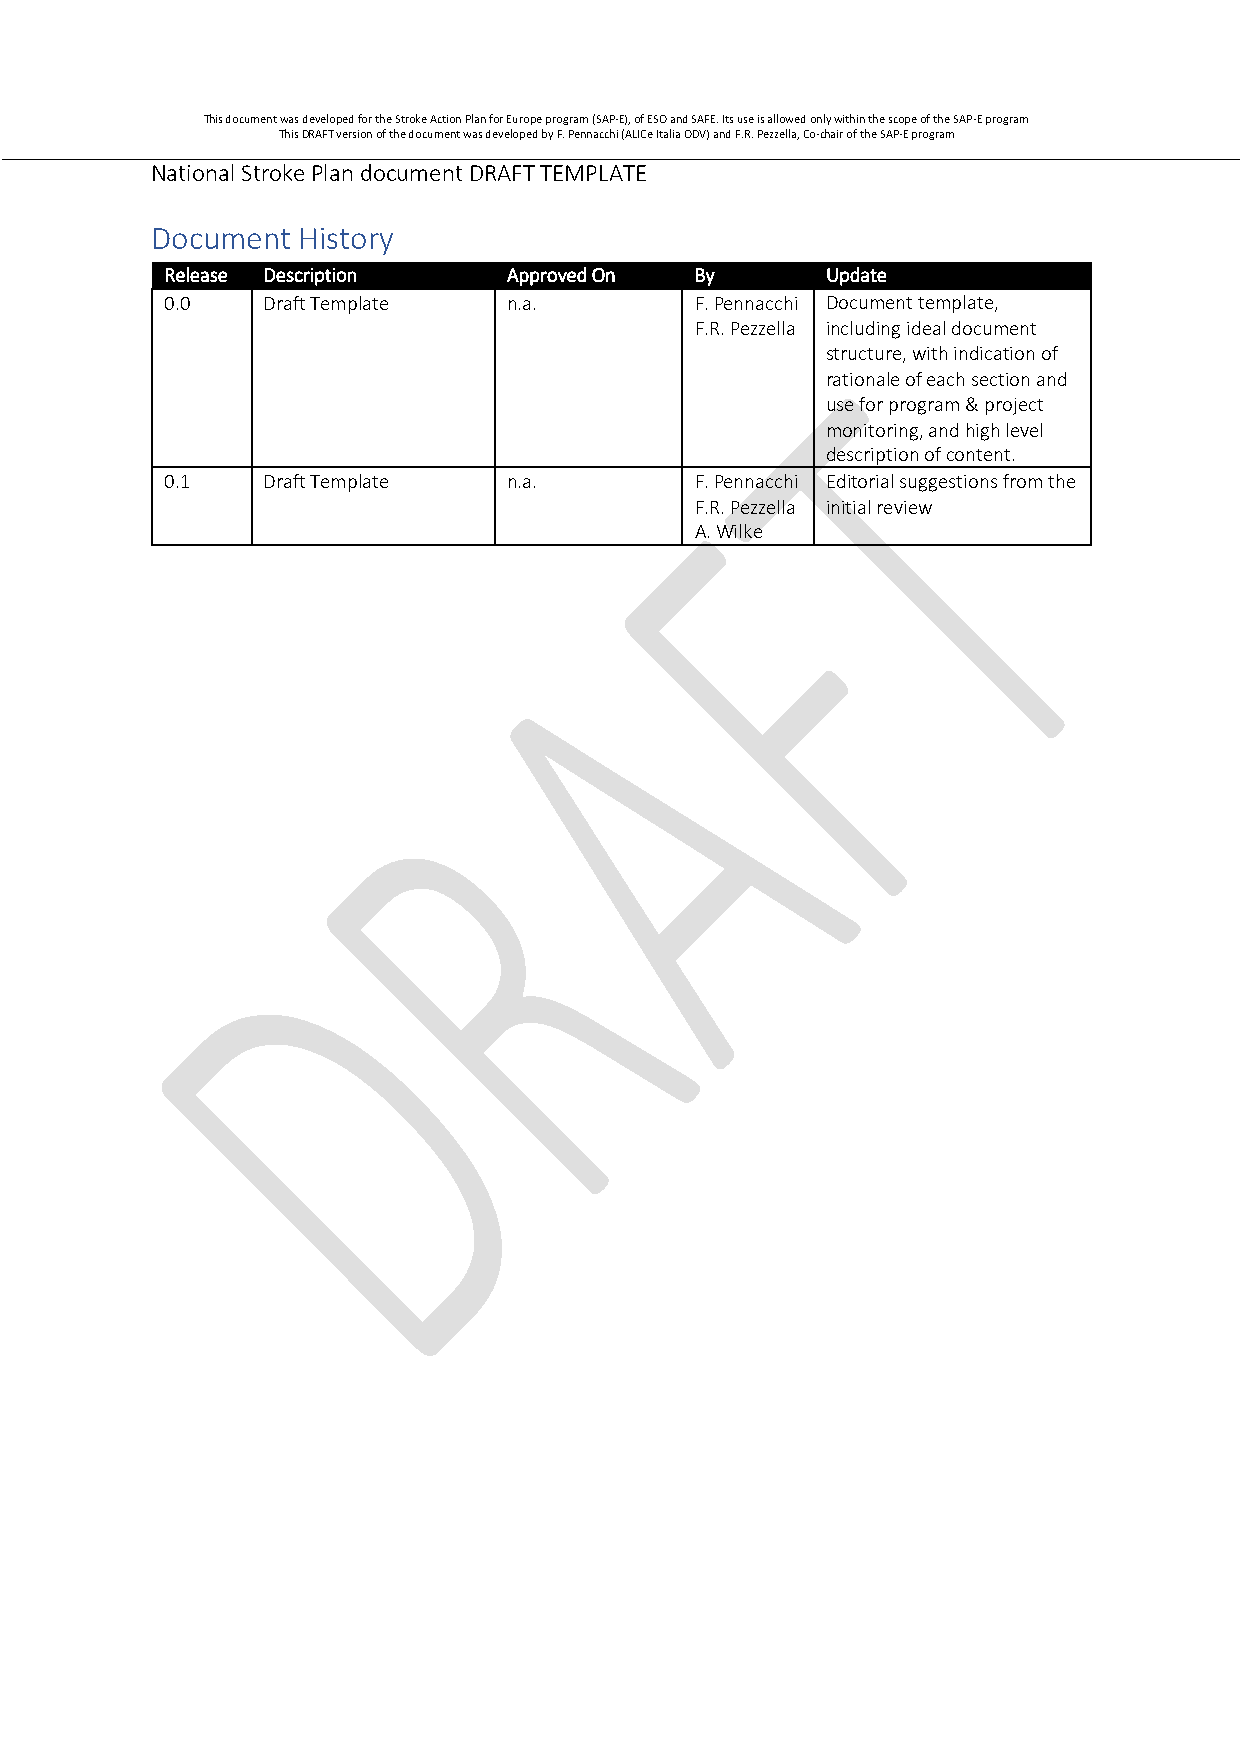
This document was developed for the Stroke Action Plan for Europe program (SAP-E), of ESO and SAFE. Its use is allowed only within the scope of the SAP-E program
 This DRAFT version of the document was developed by F. Pennacchi (ALICe Italia ODV) and F.R. Pezzella, Co-chair of the SAP-E program
 National Stroke Plan document DRAFT TEMPLATE
 Document  History
 Release Description    Approved On By       Update
 0.0   Draft Template   n.a.        F. Pennacchi Document template,
 F.R. Pezzella including ideal document
 structure, with indication of
 rationale of each section and
 use for program & project
 monitoring, and high level
 description of content.
 0.1   Draft Template   n.a.        F. Pennacchi Editorial suggestions from the
 F.R. Pezzella initial review
 A. Wilke